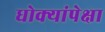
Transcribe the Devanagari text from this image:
धोक्यांपेक्षा